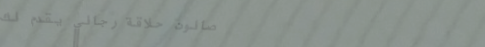
صالون حلاقة رجالي يقدم لك